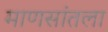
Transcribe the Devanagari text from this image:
माणसांतला